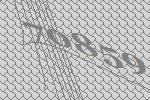
70859